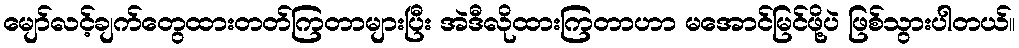
မျော်လင့်ချက်တွေထားတတ်ကြတာများပြီး အဲဒီလိုထားကြတာဟာ မအောင်မြင်ဖို့ပဲ ဖြစ်သွားပါတယ်။